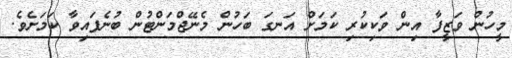
މީހުން ވަޒީފާ އިން ވަކިކުރި ކަމަށް އަނގަ ބަހުން މެނޭޖްމަންޓުން ބުނެފައިވާ ކަމަށެވެ.